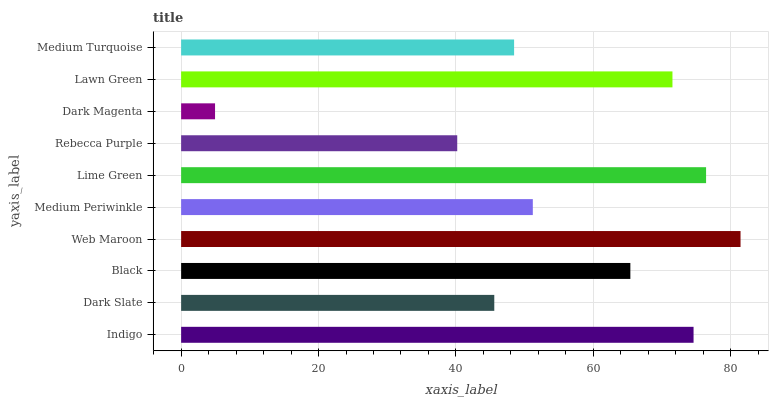
| yaxis_label | bars |
 | --- | --- |
 | Indigo | 74.6 |
 | Dark Slate | 45.6 |
 | Black | 65.4 |
 | Web Maroon | 81.4 |
 | Medium Periwinkle | 51.2 |
 | Lime Green | 76.4 |
 | Rebecca Purple | 40.2 |
 | Dark Magenta | 4.94 |
 | Lawn Green | 71.5 |
 | Medium Turquoise | 48.5 |